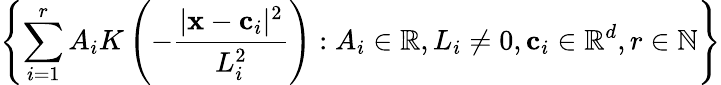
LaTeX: \left\{ \sum_{i=1}^{r}A_{i}K\left(-\frac{|\mathbf x-\mathbf c_{i}|^{2}}{L_{i}^{2}}\right):A_{i}\in\mathbb R,L_{i}\neq 0,\mathbf c_{i}\in\mathbb R^{d},r\in\mathbb N\right\}